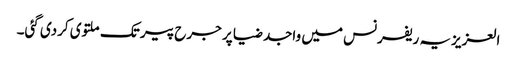
العزیزیہ ریفرنس میں واجد ضیا پر جرح پیر تک ملتوی کردی گئی۔